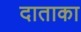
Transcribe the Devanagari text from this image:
दाताका